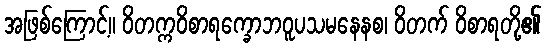
အဖြစ်ကြောင့်။ ဝိတက္ကဝိစာရက္ခောဘဝူပသမနေနစ၊ ဝိတက် ဝိစာရတို့၏